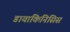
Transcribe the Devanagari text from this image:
डायाकिनिसिस